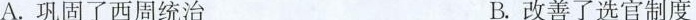
A.巩固了西周统治 B.改善了选官制度